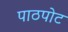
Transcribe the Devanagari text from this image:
पाठपोट